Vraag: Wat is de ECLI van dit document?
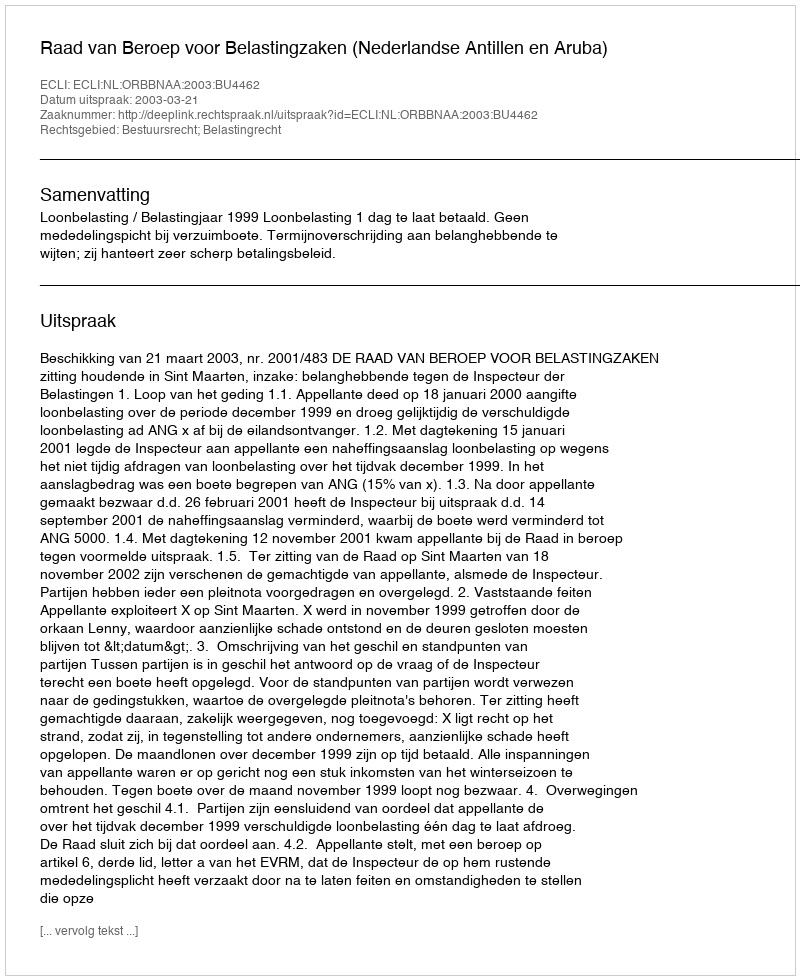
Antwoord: ECLI:NL:ORBBNAA:2003:BU4462